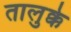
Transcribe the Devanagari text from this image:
तालुक्के